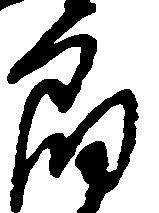
郎